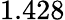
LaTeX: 1.428